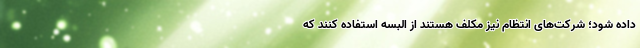
داده شود؛ شرکت‌های انتظام نیز مکلف هستند از البسه استفاده کنند که